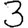
Digit: 3